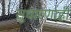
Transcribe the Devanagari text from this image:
सुधारणाही